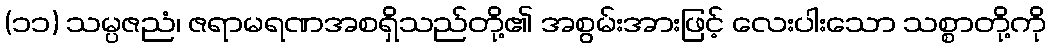
(၁၁) သမ္ပဇညံ၊ ဇရာမရဏအစရှိသည်တို့၏ အစွမ်းအားဖြင့် လေးပါးသော သစ္စာတို့ကို